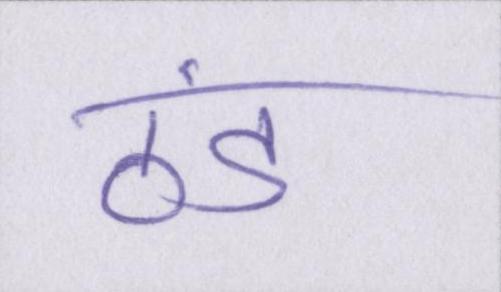
ठंड